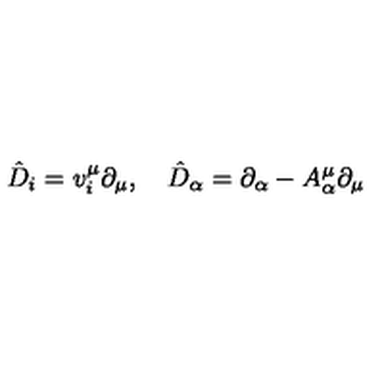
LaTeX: \hat { D } _ { i } = v _ { i } ^ { \mu } \partial _ { \mu } , \quad \hat { D } _ { \alpha } = \partial _ { \alpha } - A _ { \alpha } ^ { \mu } \partial _ { \mu }